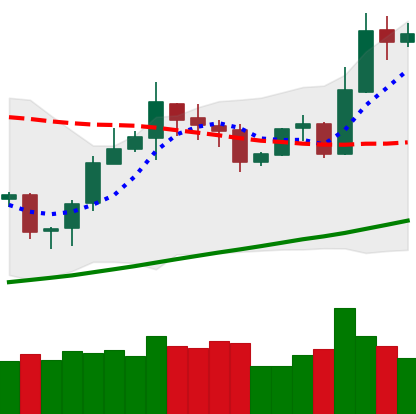
Ticker: ETH-USD
Chart end date: 2020-10-24
Forward return: -6.238%
Label: down_5_7